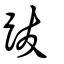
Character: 跋